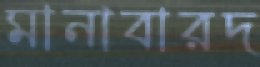
মানাবারদ